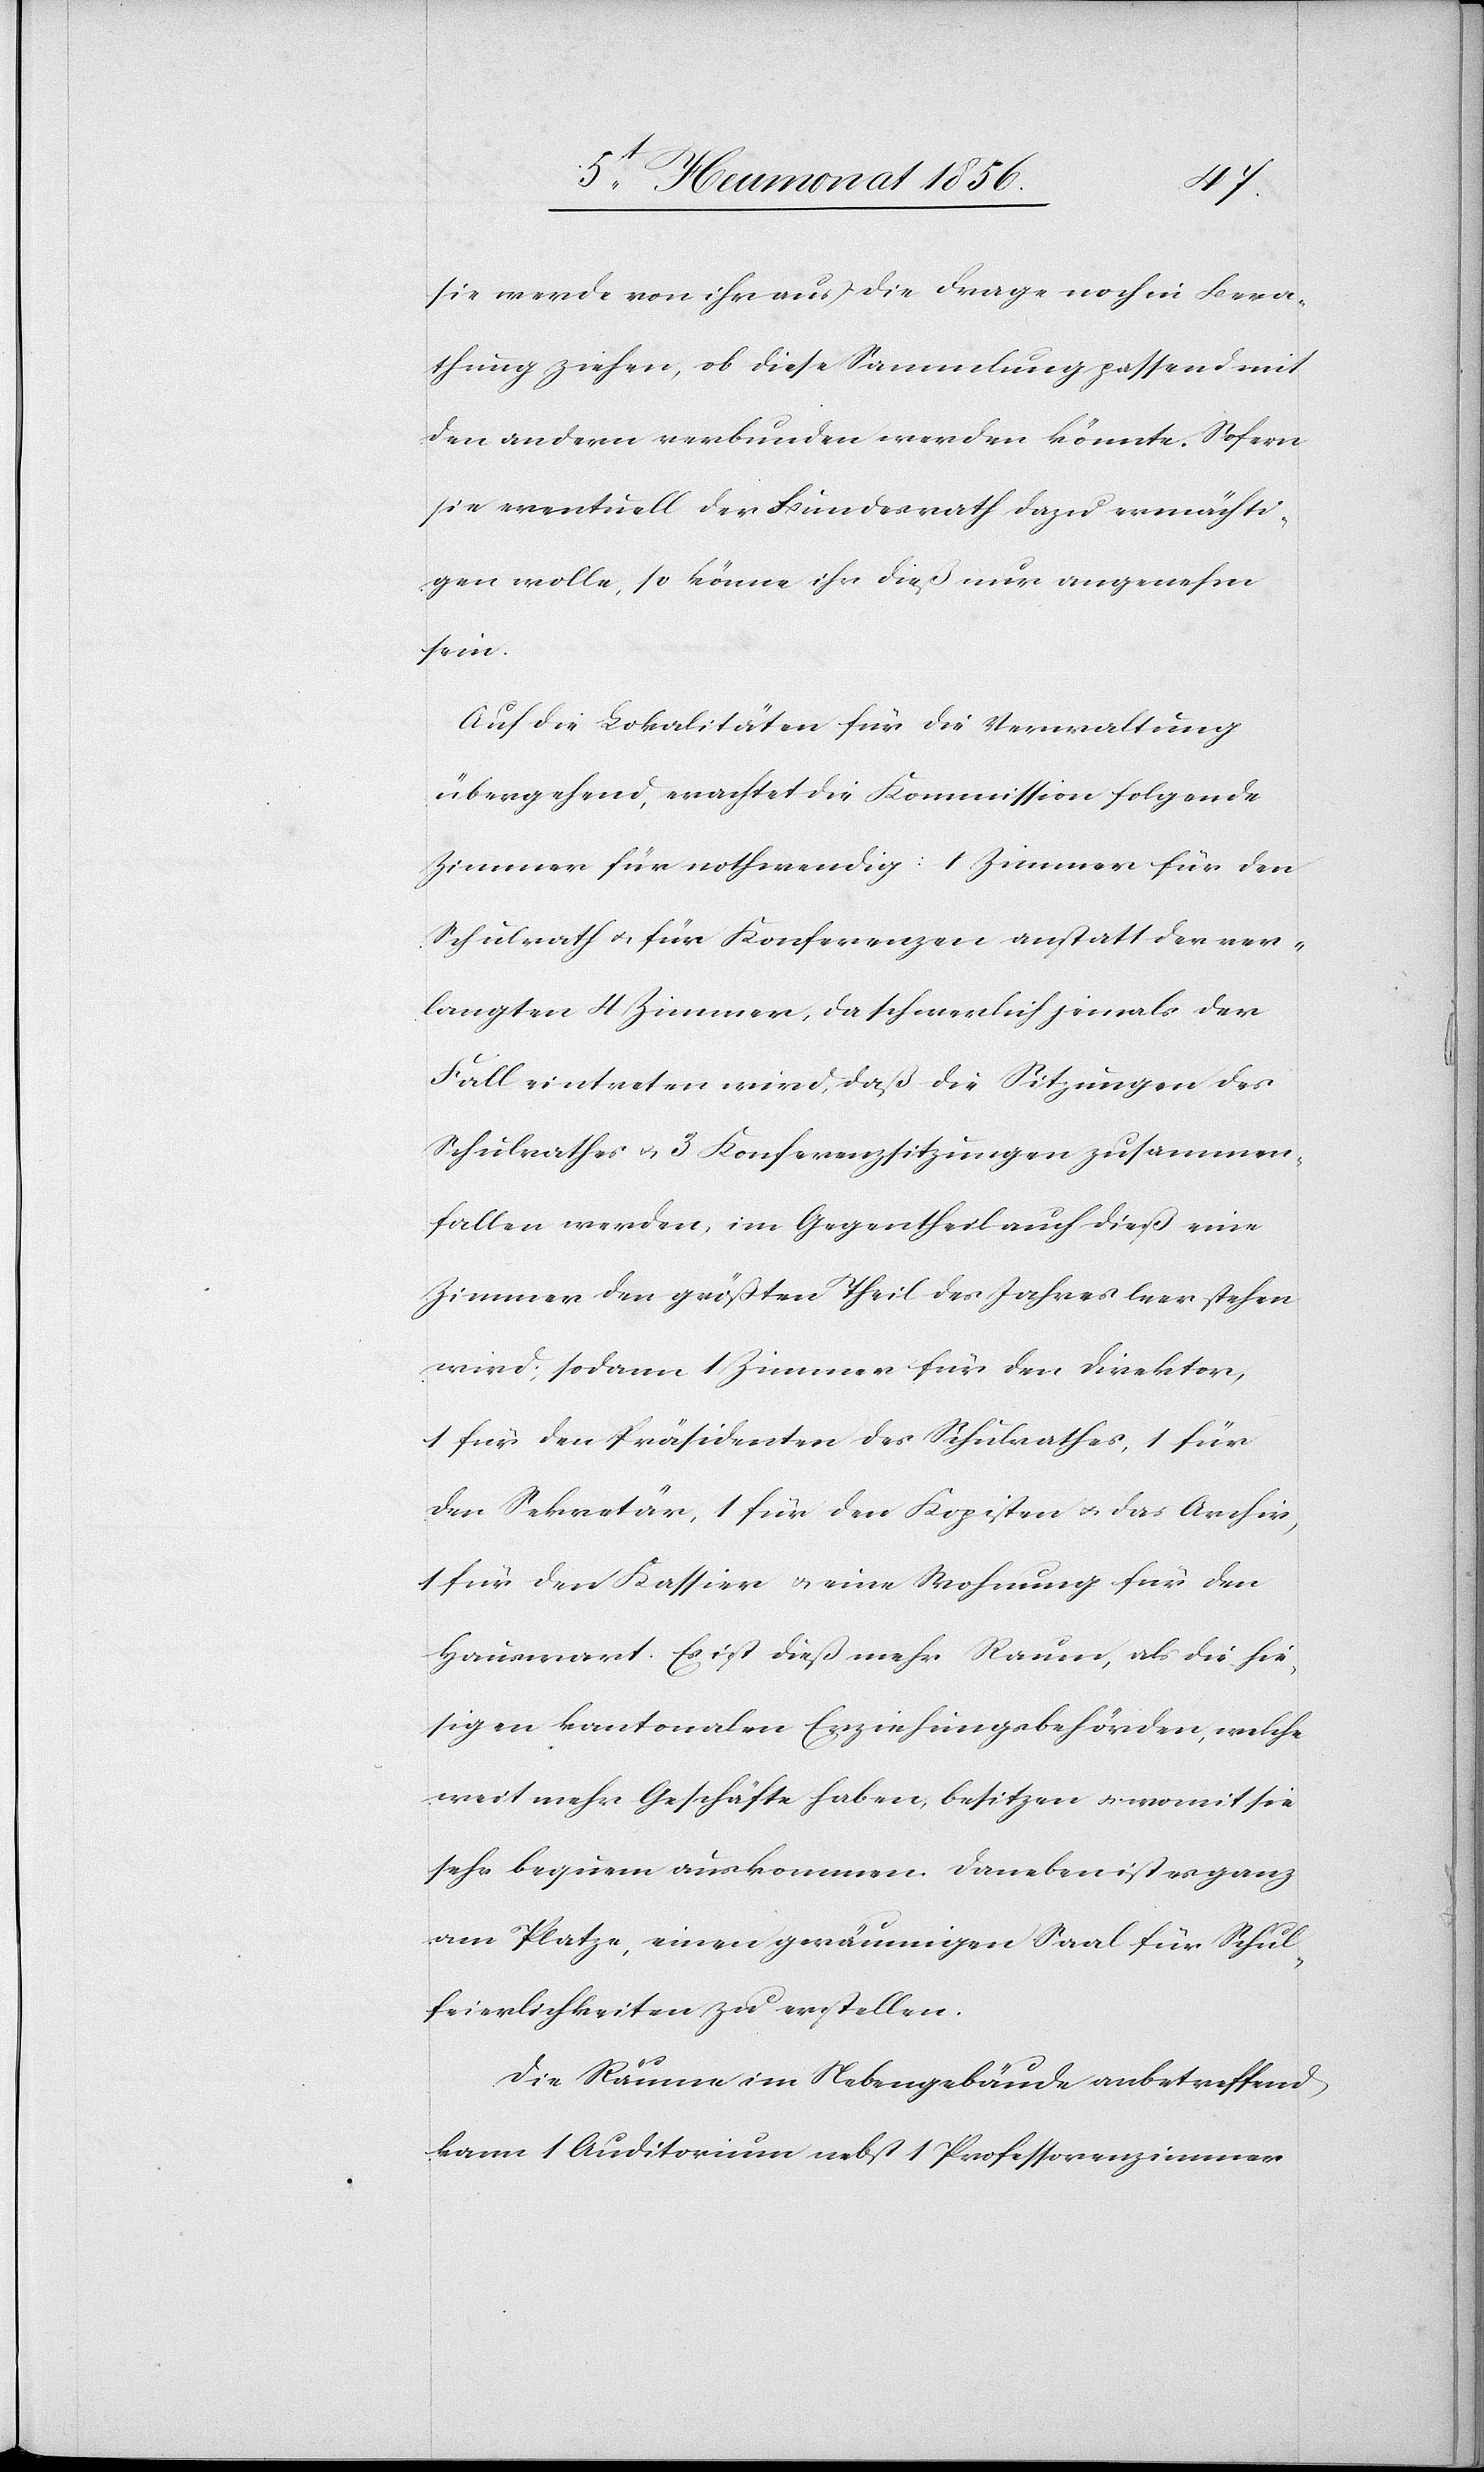
sie werde von ihr aus die Frage noch in Bera¬
thung ziehen, ob diese Sammlung passend mit
den andern verbunden werden könnte. Sofern
sie eventuell der Bundesrath dazu ermächti¬
gen wolle, so könne ihr dieß nur angenehm
sein.
Auf die Lokalitäten für die Verwaltung
übergehend, erachtet die Kommission folgende
Zimmer für nothwendig: 1 Zimmer für den
Schulrath u. für Konferenzen anstatt der ver¬
langten 4 Zimmer, da schwerlich jemals der
Fall eintreten wird, daß die Sitzungen des
Schulrathes u. 3 Konferenzsitzungen zusammen¬
fallen werden, im Gegentheil auch dieß eine
Zimmer den größten Theil des Jahres leer stehen
wird; sodann 1 Zimmer für den Direktor,
1 für den Präsidenten des Schulrathes, 1 für
den Sekretär, 1 für den Kopisten u. das Archiv,
1 für den Kassier u. eine Wohnung für den
Hauswart. Es ist dieß mehr Raum, als die hie¬
sigen kantonalen Erziehungsbehörden, welche
weit mehr Geschäfte haben, besitzen u. womit sie
sehr bequem auskommen. Daneben ist es ganz
am Platze, einen geräumigen Saal für Schul¬
feierlichkeiten zu erstellen.
Die Räume im Nebengebäude anbetreffend
kann 1 Auditorium nebst 1 Professorenzimmer